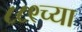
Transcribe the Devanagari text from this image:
८८९च्या